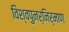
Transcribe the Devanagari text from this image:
विश्वपुनर्निर्माण